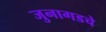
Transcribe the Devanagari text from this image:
जुनागडचे